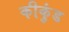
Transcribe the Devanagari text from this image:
कीकुंड